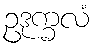
ဥဒုက္ခလံ